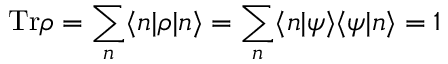
\mathrm { T r } \rho = \sum _ { n } \langle n | \rho | n \rangle = \sum _ { n } \langle n | \psi \rangle \langle \psi | n \rangle = 1